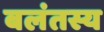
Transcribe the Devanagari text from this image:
बलंतस्य